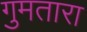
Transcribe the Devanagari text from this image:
गुमतारा